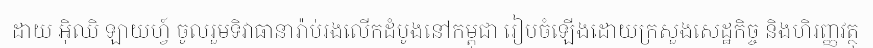
ដាយ អ៊ិឈិ ឡាយហ្វ៍ ចូលរួមទិវាធានារ៉ាប់រងលើកដំបូងនៅកម្ពុជា រៀបចំឡើងដោយក្រសួងសេដ្ឋកិច្ច និងហិរញ្ញវត្ថុ